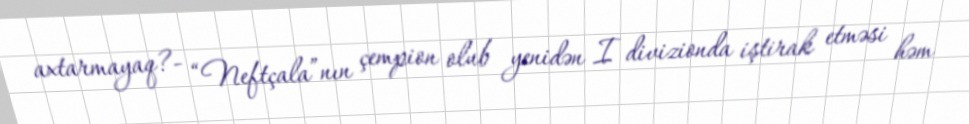
axtarmayaq?- “Neftçala”nın çempion olub yenidən I divizionda iştirak etməsi həm